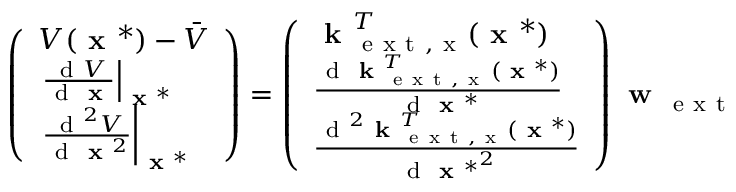
\left( \begin{array} { l } { V ( \textbf { x } ^ { * } ) - \bar { V } } \\ { \left. \frac { \mathrm { ~ d ~ } V } { \mathrm { ~ d ~ } \textbf { x } } \right| _ { \textbf { x } ^ { * } } } \\ { \left. \frac { \mathrm { ~ d ~ } ^ { 2 } V } { \mathrm { ~ d ~ } \textbf { x } ^ { 2 } } \right| _ { \textbf { x } ^ { * } } } \end{array} \right) = \left( \begin{array} { l } { \textbf { k } _ { \mathrm { ~ e ~ x ~ t ~ , ~ x ~ } } ^ { T } ( \textbf { x } ^ { * } ) } \\ { \frac { \mathrm { ~ d ~ } \textbf { k } _ { \mathrm { ~ e ~ x ~ t ~ , ~ x ~ } } ^ { T } ( \textbf { x } ^ { * } ) } { \mathrm { ~ d ~ } \textbf { x } ^ { * } } } \\ { \frac { \mathrm { ~ d ~ } ^ { 2 } \textbf { k } _ { \mathrm { ~ e ~ x ~ t ~ , ~ x ~ } } ^ { T } ( \textbf { x } ^ { * } ) } { \mathrm { ~ d ~ } { \textbf { x } ^ { * } } ^ { 2 } } } \end{array} \right) \textbf { w } _ { \mathrm { ~ e ~ x ~ t ~ } }